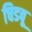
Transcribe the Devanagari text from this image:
चिडवू